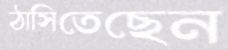
ঠাসিতেছেন